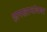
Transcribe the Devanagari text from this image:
छापखान्यांबाबत